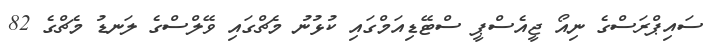
ސައިޕްރަސްގެ ނިއޯ ޖީއެސްޕީ ސްޓޭޑިއަމްގައި ކުޅުނު މެޗްގައި ވޭލްސްގެ ލަނޑު މެޗްގެ 82